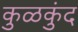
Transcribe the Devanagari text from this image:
कुळकुंद